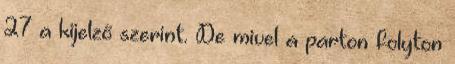
27 a kijelző szerint. De mivel a parton folyton